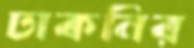
ঢাকনির